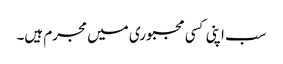
سب اپنی کسی مجبوری میں مجرم ہیں۔